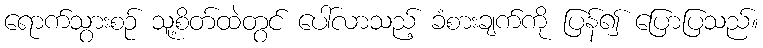
ရောက်သွားစဉ် သူ့စိတ်ထဲတွင် ပေါ်လာသည့် ခံစားချက်ကို ပြန်၍ ပြောပြသည်။